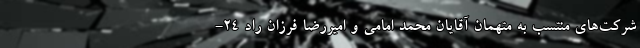
شرکت‌های منتسب به متهمان آقایان محمد امامی و امیررضا فرزان راد ۲۴-